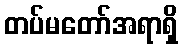
တပ်မတော်အရာရှိ